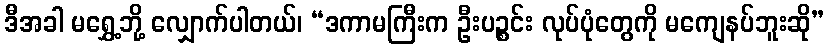
ဒီအခါ မရွှေ့ဘို့ လျှောက်ပါတယ်၊ “ဒကာမကြီးက ဦးပဉ္စင်း လုပ်ပုံတွေကို မကျေနပ်ဘူးဆို”